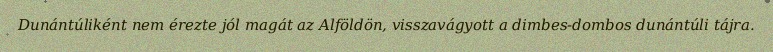
Dunántúliként nem érezte jól magát az Alföldön, visszavágyott a dimbes-dombos dunántúli tájra.